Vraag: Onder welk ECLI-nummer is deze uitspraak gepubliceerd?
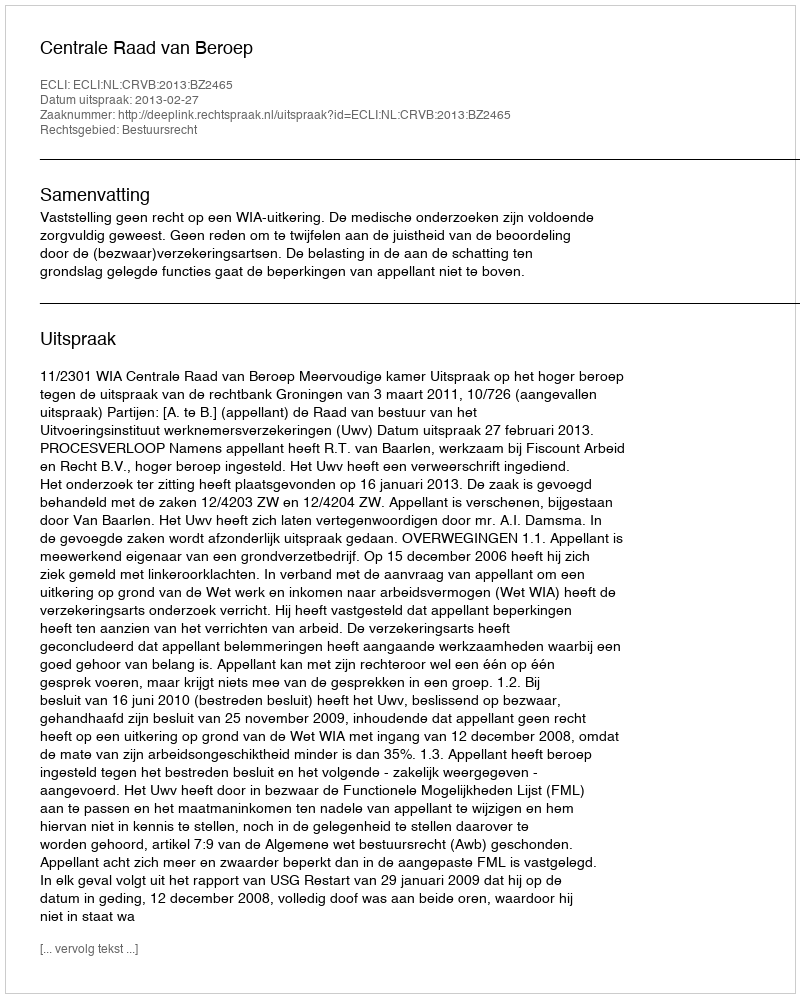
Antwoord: ECLI:NL:CRVB:2013:BZ2465